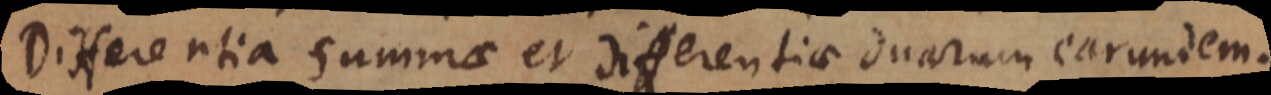
Differentia summae et differentiae duarum earundem